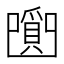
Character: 𤔼